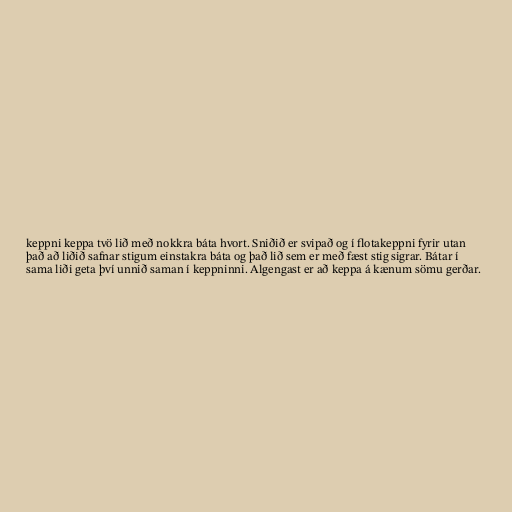
keppni keppa tvö lið með nokkra báta hvort. Sniðið er svipað og í flotakeppni fyrir utan
það að liðið safnar stigum einstakra báta og það lið sem er með fæst stig sigrar. Bátar í
sama liði geta því unnið saman í keppninni. Algengast er að keppa á kænum sömu gerðar.